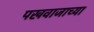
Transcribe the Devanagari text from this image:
पखवाजाच्या